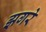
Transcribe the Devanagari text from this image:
झगरे